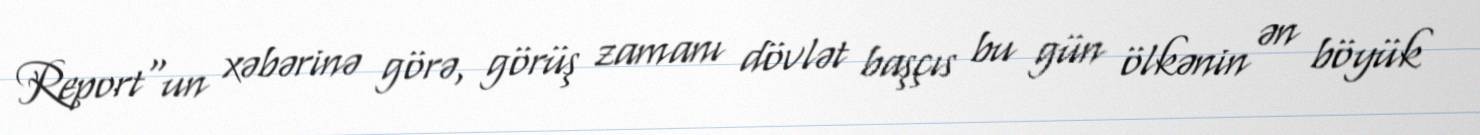
Report"un xəbərinə görə, görüş zamanı dövlət başçıs bu gün ölkənin ən böyük